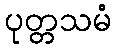
ပုတ္တသမံ